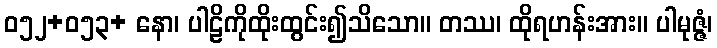
ဝ၅၂+၀၅၃+ နော၊ ပါဠိကိုထိုးထွင်း၍သိသော။ တဿ၊ ထိုရဟန်းအား။ ပါမုဇ္ဇံ၊